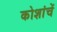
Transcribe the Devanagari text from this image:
कोशांचें